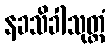
နခသိခါသုတ္တံ